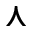
\curlywedge